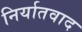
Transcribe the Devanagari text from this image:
निर्यातवाद